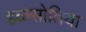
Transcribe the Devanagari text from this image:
हळसोतिया